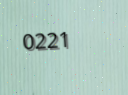
0221